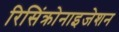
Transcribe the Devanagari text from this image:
रिसिंक्रोनाइजेशन